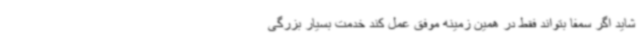
شاید اگر سمفا بتواند فقط در همین زمینه موفق عمل کند خدمت بسیار بزرگی